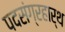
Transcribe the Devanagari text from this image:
पदसंग्रहार्थ